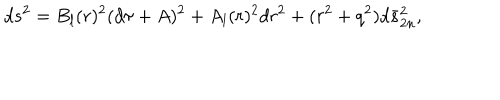
d s ^ { 2 } = B _ { l } ( r ) ^ { 2 } ( d \tau + A ) ^ { 2 } + A _ { l } ( r ) ^ { 2 } d r ^ { 2 } + ( r ^ { 2 } + q ^ { 2 } ) d \bar { s } _ { 2 n } ^ { 2 } ,